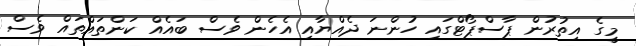
މީގެ އިތުރުން ޕާސްޕޯޓްގައި ހުންނަ ދެއްޔާއި އެހެން ވެސް ބައެއް ކަންތައްތައް ވެސް